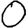
Digit: 0